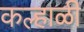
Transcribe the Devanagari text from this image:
कल्हाळी